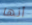
أنها